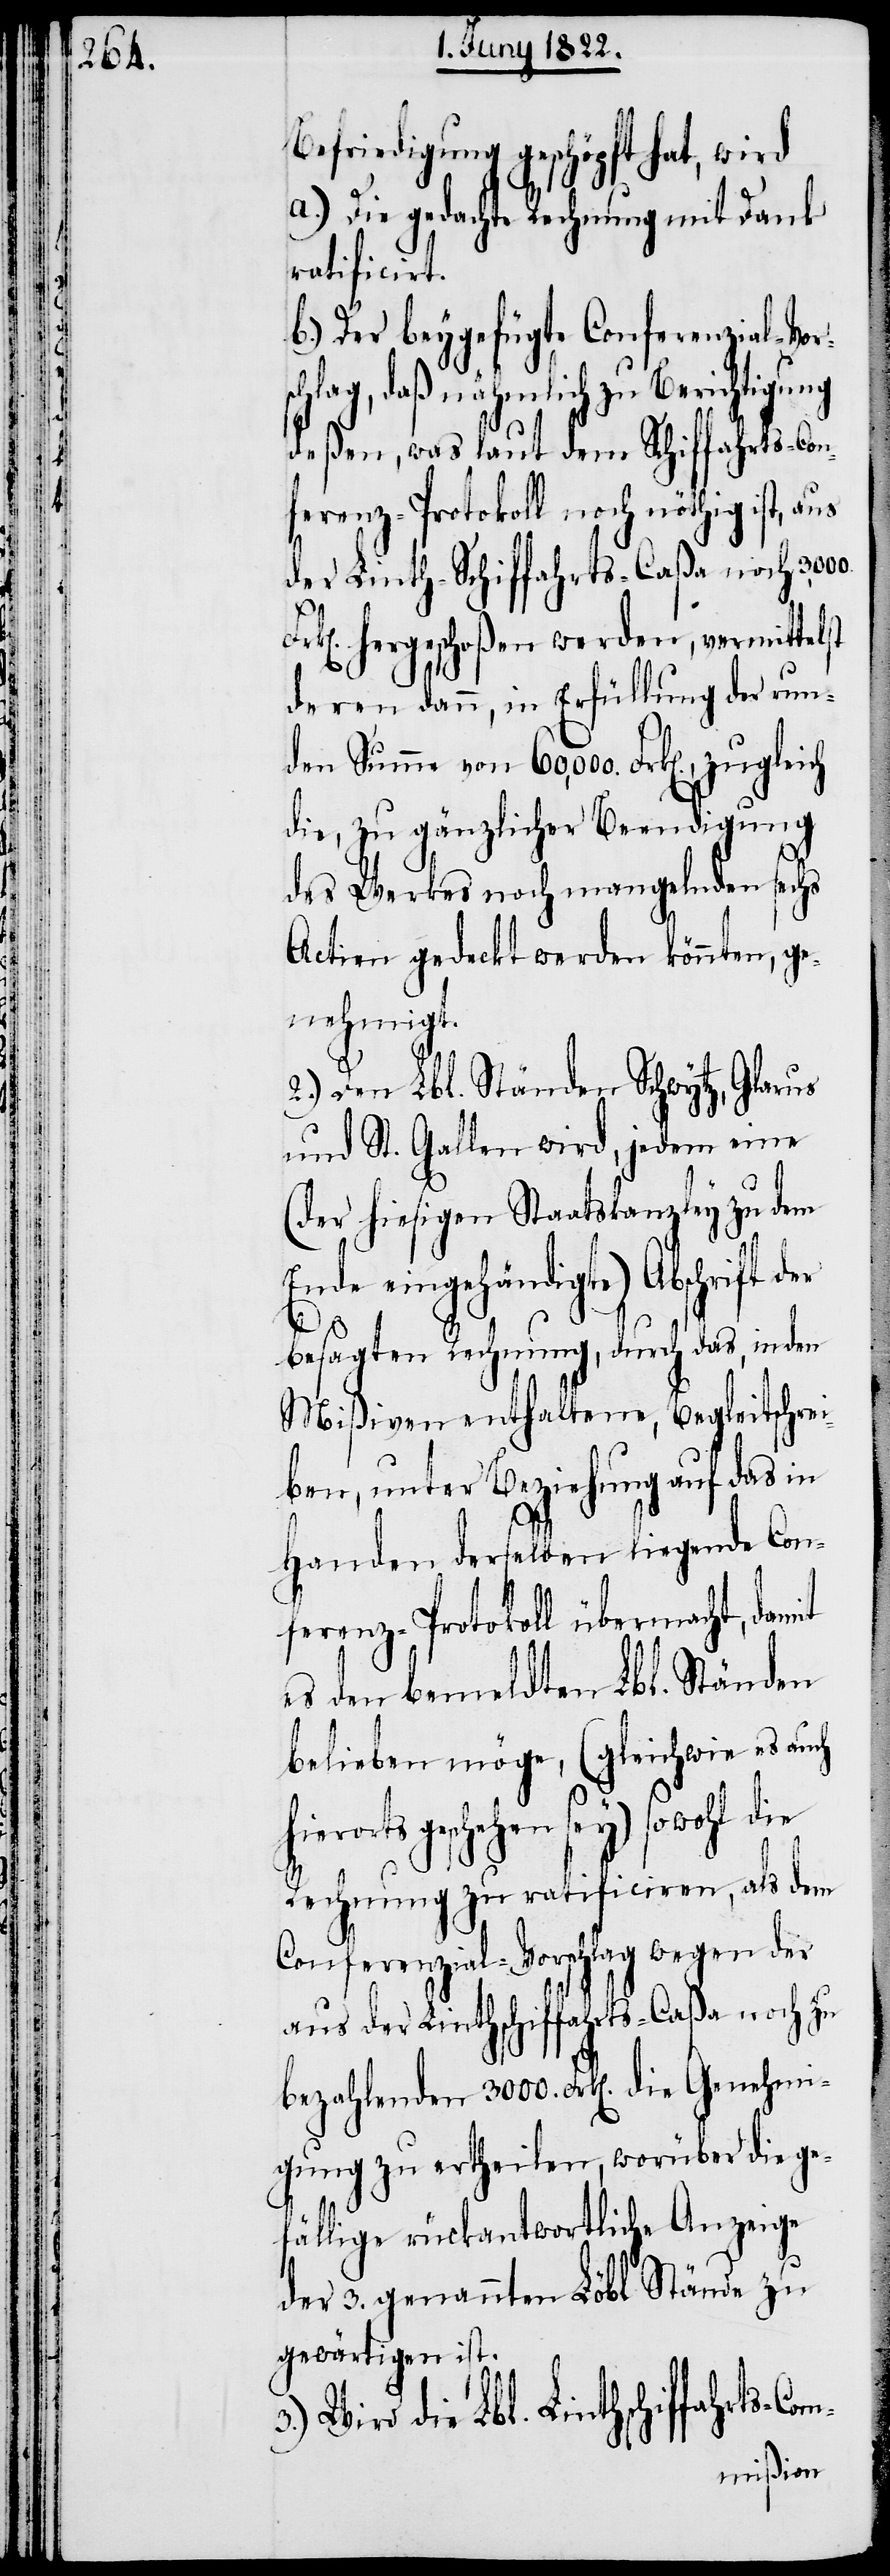
Befriedigung geschöpft hat, wird
a.) Die gedachte Rechnung mit Dank
ratificirt.
b.) Der beygefügte Conferenzial-Vor¬
chlag, daß nämlich zu Berichtigung
deßen, was laut dem Schiffahrts-Con¬
ferenz-Protokoll noch nöthig ist,
der Linth-Schiffahrts-Caßa noch
hergeschoßen werden, vermittelst
deren dann, in Erfüllung der run¬
den Summe von 60,000. Frk[en]., zugleich
die, zu gänzlicher Beendigung
des Werkes noch mangelnden sechs
Actien gedeckt werden könnten, ge¬
nehmigt.
2.) Den Lbl. Ständen Schwytz, Glarus
und St. Gallen wird, jedem eine
m-
(der hiesigen Staatskanzley zu dem
eingehändigte) Abschrift
besagten Rechnung, durch das, in den
Mißiven enthaltene, Begleitschrei¬
ben, unter Beziehung auf das in
Handen derselben liegende Con¬
ferenz-Protokoll übermacht, damit
es den bemeldten Lbl. Ständen
belieben möge, (gleichwie es auch
geschehen sey) sowohl die
Rechnung zu ratificiren, als dem
Conferenzial-Vorschlag wegen des
aus der Linthschiffahrts-Caßa noch zu
bezahlenden 3000. Frk[en]. die Genehmi¬
gung zu ertheilen, worüber die ge¬
fällige rückantwortliche Anzeige
der 3. genannten Löbl. Stände zu
gewärtigen ist.
die Lbl. Linthschiffahrts-Co¬